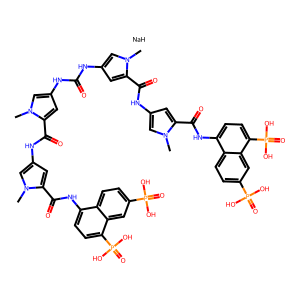
SMILES: Cn1cc(NC(=O)Nc2cc(C(=O)Nc3cc(C(=O)Nc4ccc(P(=O)(O)O)c5cc(P(=O)(O)O)ccc45)n(C)c3)n(C)c2)cc1C(=O)Nc1cc(C(=O)Nc2ccc(P(=O)(O)O)c3cc(P(=O)(O)O)ccc23)n(C)c1.[NaH]
Inhibits HIV replication: Yes